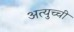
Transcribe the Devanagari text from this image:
अत्युच्ची